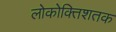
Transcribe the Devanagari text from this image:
लोकोक्तिशतक